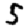
Digit: 5